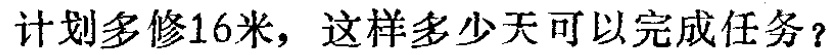
计划多修16米，这样多少天可以完成任务？